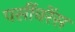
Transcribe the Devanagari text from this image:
पर्सीवरेंस